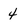
Character: 4